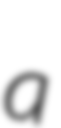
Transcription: a